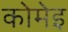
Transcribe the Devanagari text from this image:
कोमेइ